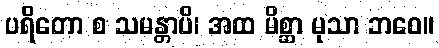
ပရိတော စ သမန္တာပိ၊ အထ မိစ္ဆာ မုသာ ဘဝေ။